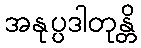
အနုပ္ပဒါတုန္တိ